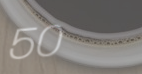
50%